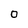
Character: 0